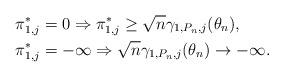
LaTeX: \begin{align*}\pi_{1,j}^*&= 0 \Rightarrow \pi_{1,j}^* \ge \sqrt{n} \gamma_{1,P_n,j}(\theta_n), \\\pi_{1,j}^*&= -\infty \Rightarrow \sqrt{n} \gamma_{1,P_n,j}(\theta_n) \to -\infty.\end{align*}